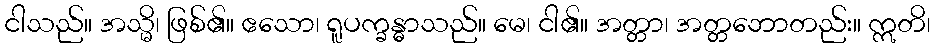
ငါသည်။ အသ္မိ၊ ဖြစ်၏။ ဧသော၊ ရူပက္ခန္ဓာသည်။ မေ၊ ငါ၏။ အတ္တာ၊ အတ္တဘောတည်း။ ဣတိ၊